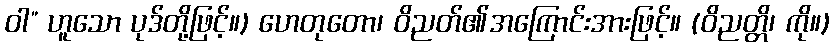
ဝါ” ဟူသော ပုဒ်တို့ဖြင့်။) ဟေတုတော၊ ဝိညတ်၏အကြောင်းအားဖြင့်။ (ဝိညတ္တိ၊ ကို။)